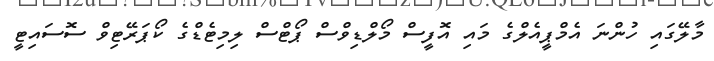
މާލޭގައި ހުންނަ އެމްޕީއެލްގެ މައި އޮފީސް މޯލްޑިވްސް ޕޯޓްސް ލިމިޓެޑްގެ ކޯޕަރޭޓިވް ސޮސައިޓީ